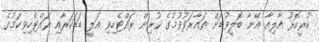
ކުރީކޮޅު އާލިއާ އޭނާ ބޮލީވުޑަށް ތައާރަފުވުމުގެ ކުރިން ރައްޓެހިވި އަލީ ޑަޑަކަރާއި ރައްޓެހިވިކަމުގެ